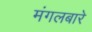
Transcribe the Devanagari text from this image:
मंगलबारे